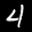
Label: 4